Vaccination United Provinces of Agra and Oudh 1914-1922 - 1914-1922
Year: 1914
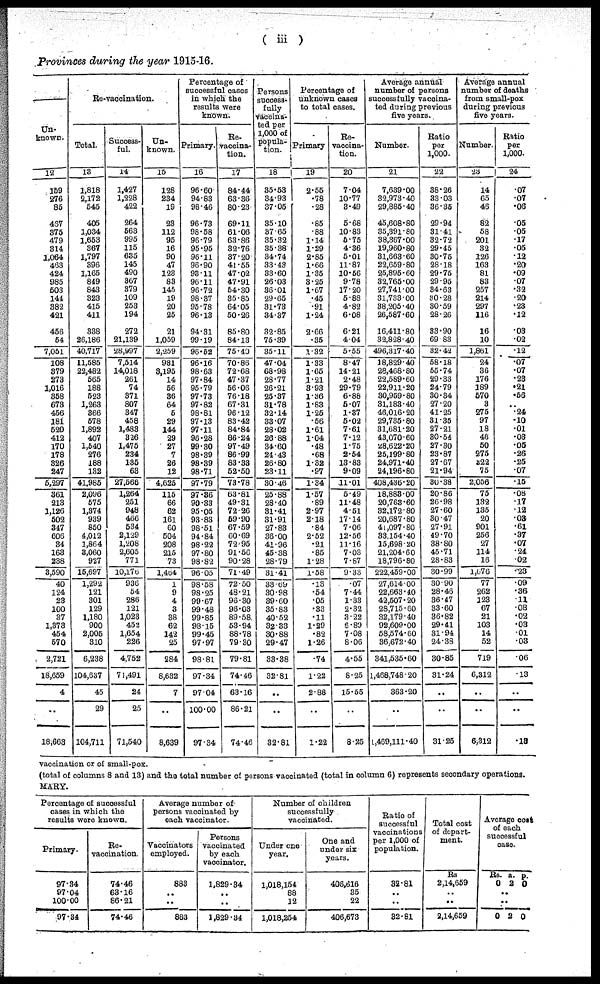
( iii )
Provinces during the year 1915-16.
Un-
known.
12
159
276
85
467
375
479
314
1,064
463
424
985
503
144
382
421
456
54
7,051
108
379
273
1,016
358
673
456
181
520
412
170
178
326
247
5,297
361
213
1,126
502
347
606
34
163
238
3,590
40
124
23
100
37
1,373
454
570
2,721
18,659
4
..
18,663
Re-vaccination.
Total.
13
1,818
2,172
545
405
1,034
1,653
367
1,797
396
1,165
849
843
323
415
411
338
26,186
40,717
11,585
22,482
565
188
523
1,263
366
578
1,892
407
1,540
276
188
132
41,985
2,096
575
1,374
939
850
4,012
1,864
3,060
927
15,697
1,292
121
301
129
1,180
900
2,005
310
6,238
104,637
45
29
104,711
Success-
ful.
14
1,427
1,228
422
264
563
995
115
635
145
490
367
379
109
253
194
272
21,139
28,997
7,514
14,018
261
74
371
807
347
458
1,483
326
1,475
234
135
63
27,668
1,264
251
948
466
534
2,129
1,208
2,605
771
10,176
936
54
286
121
1,023
452
1,654
226
4,752
71,491
24
25
71,540
Un-
known.
15
128
234
19
23
112
95
16
90
47
123
83
145
19
20
25
21
1,059
2,259
981
3,195
14
56
36
64
5
29
144
29
27
7
26
12
4,625
115
66
62
161
60
504
208
215
73
1,464
1
9
4
3
38
62
142
25
284
8,632
7
..
8,639
Percentage of
successful cases
in which the
results were
known.
Primary.
16
96.60
94.83
98.46
96.73
98.58
96.79
95.95
96.11
96.90
93.11
96.11
96.72
98.37
95.78
96.13
94.31
99.19
96.52
96.16
98.63
97.84
95.79
97.73
97.82
98.81
97.13
97.11
96.28
99.30
98.39
98.39
98.71
97.79
97.36
90.33
95.05
93.83
98.51
94.84
98.22
97.80
98.82
96.05
98.58
98.25
99.67
99.48
99.85
98.15
99.45
97.97
98.81
97.34
97.04
100.00
97.34
Re-
vaccina-
tion.
17
84.44
63.36
80.23
69.11
61.06
63.86
32.76
37.20
41.55
47.02
47.91
54.30
85.85
64.05
50.26
85.80
84.13
75.40
70.86
72.68
47.37
56.06
76.18
67.31
96.12
83.42
84.84
86.24
97.49
86.99
83.33
52.50
73.78
63.81
49.31
72.26
59.90
67.59
60.69
72.95
91.50
90.28
71.49
72.50
48.21
96.30
96.03
89.58.
53.94
88.78
79.30
79.81
74.46
63.16
86.21
74.46
Persons
success-
fully
vaccina-
ted per
1,000 of
popula-
tion.
18
35.53
34.93
37.05
35.10
37.65
35.32
35.38
34.74
33.43
33.60
26.03
36.01
29.65
31.73
34.37
32.85
75.39
35.11
47.04
68.98
28.77
26.21
25.37
31.78
32.14
33.07
28.02
26.88
34.60
24.43
26.80
23.11
30.46
25.88
28.40
31.41
31.91
27.83
36.00
41.96
45.38
28.79
31.41
33.69
30.98
39.60
35.83
40.52
32.33
30.88
29.47
33.38
32.81
..
..
32.81
Percentage of
unknown cases
to total cases.
Primary
19
2.55
.78
.28
.85
.88
1.14
1.29
2.85
1.66
1.35
3.25
1.67
.45
.91
1.24
2.66
.35
1.32
1.33
1.65
1.21
3.93
1.36
1.83
1.25
.56
1.61
1.04
.48
.68
1.32
.97
1.34
1.57
.89
2.97
2.18
.84
2.52
.21
.85
1.28
1.58
.13
.54
.05
.33
.11
1.29
.82
1.26
.74
1.22
2.88
..
1.22
Re-
vaccina-
tion.
20
7.04
10.77
3.49
5.68
10.83
5.75
4.36
5.01
11.87
10.56
9.78
17.20
5.88
4.82
6.08
6.21
4.04
5.55
8.47
14.21
2.48
29.79
6.88
5.07
1.37
5.02
7.61
7.12
1.75
2.54
13.83
9.09
11.01
5.49
11.48
4.51
17.14
7.06
12.56
11.16
7.03
7.87
9.33
.07
7.44
1.33
2.32
3.22
6.89
7.08
8.06
4.55
8.25
15.56
..
8.25
Average annual
number of persons
successfully vaccina-
ted during previous
five years.
Number.
21
7,639.00
32,973.40
29,885.40
45,608.80
35,391.60
38,367.00
19,960.80
31,663.60
22,659.80
25,895.60
32,765.00
27,741.00
31,733.00
38,205.40
26,587.60
16,411.80
32,828.40
496,317.40
18,829.40
28,468.80
22,589.60
22,911.20
30,959.80
31,183.40
46,013.20
29,735.80
31,681.20
43,070.60
28,622.20
25,199.80
24,971.40
24,196.80
408,436.20
18,883.00
20,763.60
32,172.80
20,687.80
41,097.80
33,154.40
15,698.20
21,204.60
18,796.80
222,459.00
27,614.00
22,663.40
42,507.20
28,715.60
32,179.40
92,609.00
58,574.60
36,672.40
341,535.60
1,468,748.20
363.20
..
1,469,111.40
Ratio
per
1,000.
22
38.26
33.03
36.35
29.94
31.41
32.72
29.45
30.75
28.18
29.75
29.95
34.63
30.28
30.59
28.26
83.90
69.83
32.42
58.18
55.74
29.33
24.79
30.84
27.20
41.25
31.35
27.21
80.54
27.30
23.87
27.67
21.94
30.38
20.86
26.98
27.60
30.47
27.91
49.70
38.80
45.71
28.63
30.99
30.90
28.46
36.47
33.60
36.82
29.41
31.94
24.38
30.85
31.24
..
..
31.25
Average annual
number of deaths
from small-pox
during previous
five years.
Number.
23
14
65
46
82
58
201
32
126
163
81
83
257
214
297
116
16
10
1,861
24
36
176
189
570
3
275
97
18
46
50
275
222
75
2,056
75
132
135
20
901
256
27
114
16
1,076
77
262
123
67
21
103
14
52
719
6,312
..
..
6,312
Ratio
per
1,000.
24
.07
.07
.06
.05
.05
.17
.05
.12
.20
.09
.07
.32
.20
.23
.12
.03
.02
.12
.07
.07
.23
.21
.56
...
.24
.10
.01
.03
.05
.26
.25
.07
.15
.08
.17
.12
.03
.61
.37
.07
.24
.02
.23
.09
.36
.11
.08
.02
.03
.01
.03
.06
.13
..
..
.18
vaccination or of small-pox.
(total of columns 8 and 13) and the total number of persons vaccinated (total in column 6) represents secondary operations.
MARY.
Percentage of successful
cases in which the
results were known.
Primary.
97.34
97.04
100.00
97.34
Re-
vaccination.
74.46
63.16
86.21
74.46
Average number of
persons vaccinated by
each vaccinator.
Vaccinators
employed.
883
..
..
883
Persons
vaccinated
by each
vaccinator.
1,829.34
..
..
1,829.34
Number of children
successfully
vaccinated.
Under one
year.
1,018,154
88
12
1,018,254
One and
under six
years.
406,616
35
22
406,673
Ratio of
successful
vaccinations
per 1,000 of
population.
32.81
..
..
32.81
Total cost
of depart-
ment.
Rs
2,14,659
..
..
2,14,659
Average cost
of each
successful
case.
Rs.
0
a.
2
p.
0
..
..
0 2 0